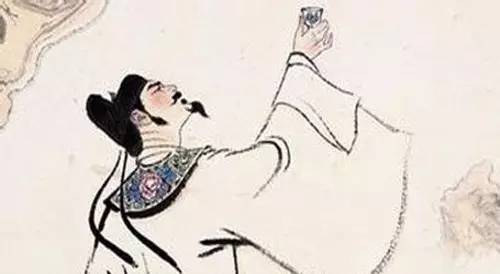
料得他乡遇佳节，亦应怀抱暗凄然。